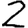
Digit: 2